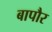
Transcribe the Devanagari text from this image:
बापौर